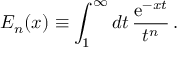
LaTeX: E _ { n } ( x ) \equiv \int _ { 1 } ^ { \infty } d t \, { \frac { \mathrm { e } ^ { - x t } } { t ^ { n } } } \, .